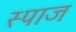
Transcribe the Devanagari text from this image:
स्पाज